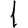
Digit: 1